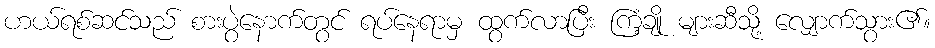
ဟယ်ရစ်ဆင်သည် စားပွဲနောက်တွင် ရပ်နေရာမှ ထွက်လာပြီး ကြံ့ချို များဆီသို့ လျှောက်သွား၏။